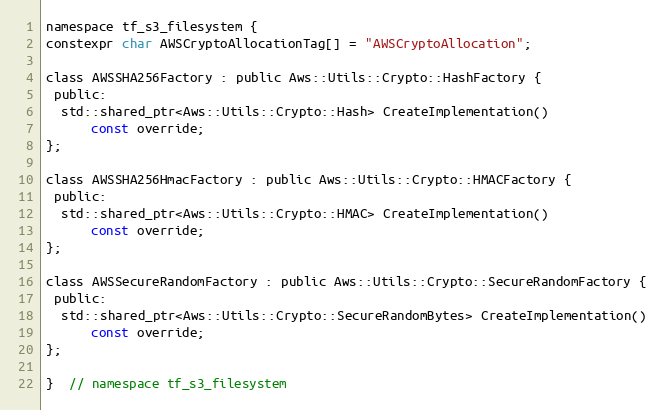
Language: C
namespace tf_s3_filesystem {
constexpr char AWSCryptoAllocationTag[] = "AWSCryptoAllocation";

class AWSSHA256Factory : public Aws::Utils::Crypto::HashFactory {
 public:
  std::shared_ptr<Aws::Utils::Crypto::Hash> CreateImplementation()
      const override;
};

class AWSSHA256HmacFactory : public Aws::Utils::Crypto::HMACFactory {
 public:
  std::shared_ptr<Aws::Utils::Crypto::HMAC> CreateImplementation()
      const override;
};

class AWSSecureRandomFactory : public Aws::Utils::Crypto::SecureRandomFactory {
 public:
  std::shared_ptr<Aws::Utils::Crypto::SecureRandomBytes> CreateImplementation()
      const override;
};

}  // namespace tf_s3_filesystem